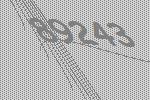
89243